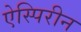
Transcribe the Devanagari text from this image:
ऐस्पिरीन